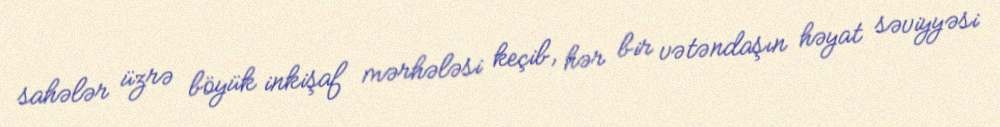
sahələr üzrə böyük inkişaf mərhələsi keçib, hər bir vətəndaşın həyat səviyyəsi